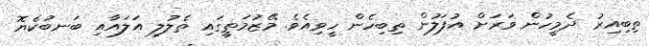
ތިބިއިރު ދެމީހުން ވަރަށް އުފަލުން ތިބިހެން ހީވިއެވެ. މޭޒުމަތީގައި ތެލުލި އަލައާއި ބަނބުކެޔޮ